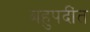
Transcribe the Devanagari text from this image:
बहुपदींत